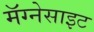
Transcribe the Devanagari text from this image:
मॅग्नेसाइट